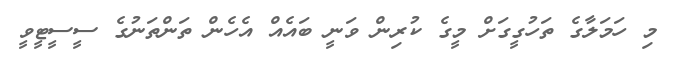
މި ހަމަލާގެ ތަހުގީގަށް މީގެ ކުރިން ވަނީ ބައެއް އެހެން ތަންތަނުގެ ސީސީޓީވީ